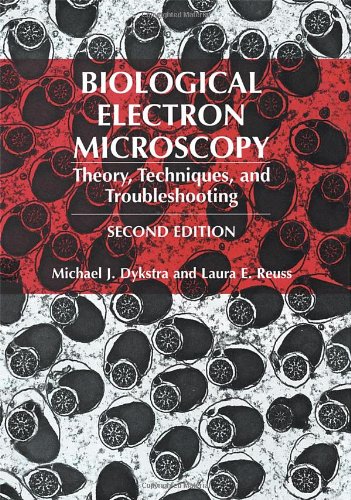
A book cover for Biological Electron Microscopy: Theory, Techniques, and Troubleshooting; Michael J. Dykstra; Science & Math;